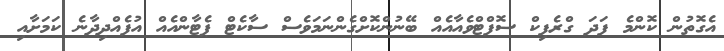
އެގޮތުން ކޮންމެ ފަދަ ގްރެފިކް ސޮފްޓްވެއާއެއް ބޭނުންކޮށްގެންނަމަވެސް ސާކެޓް ޕެޓާންއެއް އުފެއްދިދާނެ ކަމަށާއި